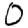
Digit: 0